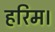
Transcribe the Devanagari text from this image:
हरिम।